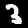
Digit: 3